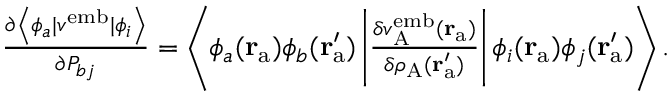
\begin{array} { r } { \frac { \partial \left\langle \phi _ { a } | { v } ^ { \mathrm { e m b } } | \phi _ { i } \right\rangle } { \partial P _ { b j } } = \left\langle \phi _ { a } ( \mathbf { r } _ { \mathrm { a } } ) \phi _ { b } ( \mathbf { r } _ { \mathrm { a } } ^ { \prime } ) \left| \frac { \delta v _ { \mathrm { A } } ^ { \mathrm { e m b } } ( \mathbf { r } _ { \mathrm { a } } ) } { \delta \rho _ { \mathrm { A } } ( \mathbf { r } _ { \mathrm { a } } ^ { \prime } ) } \right| \phi _ { i } ( \mathbf { r } _ { \mathrm { a } } ) \phi _ { j } ( \mathbf { r } _ { \mathrm { a } } ^ { \prime } ) \right\rangle . } \end{array}